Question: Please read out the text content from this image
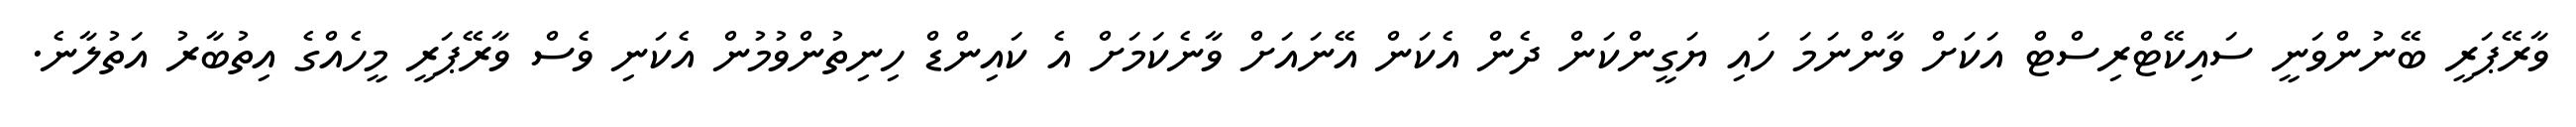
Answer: ވާރޭޕަރީ ބޭނުންވަނީ ސައިކޭޓްރިސްޓް އަކަށް ވާންނަމަ ހައި ޔަގީންކަން ދެން އެކަން އޭނައަށް ވާނެކަމަށް އެ ކައިންޑް ހިނިތުންވުމުން އެކަނި ވެސް ވާރޭޕަރީ މީހެއްގެ އިތުބާރު އަތުލާނެ.